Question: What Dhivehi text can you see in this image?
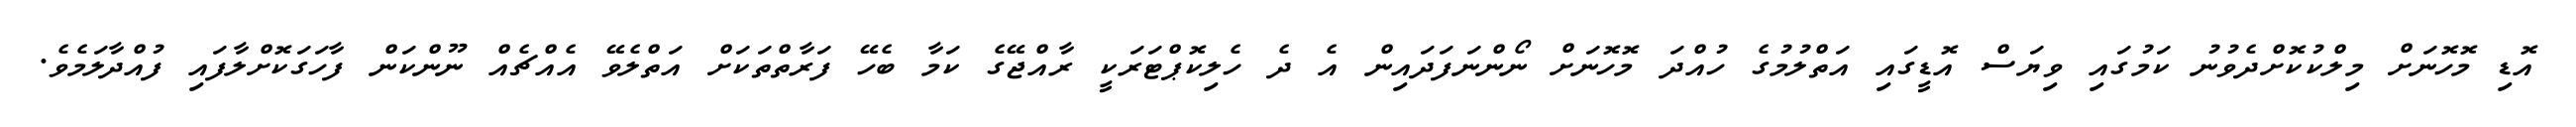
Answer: އޮޑި މޮހޮނަށް މިލްކުކޮށްދެވުނު ކަމުގައި ވިޔަސް އޮޑީގައި އަތްލުމުގެ ހުއްދަ މޮހޮނަށް ނޯންނަފަދައިން އެ ދެ ހެލިކޮޕްޓަރަކީ ރާއްޖޭގެ ކަމާ ބެހޭ ފަރާތްތަކަށް އަތްލެވޭ އެއްޗެއް ނޫންކަން ފާހަގަކޮށްލާފައި ފުއްދާލަމެވެ.